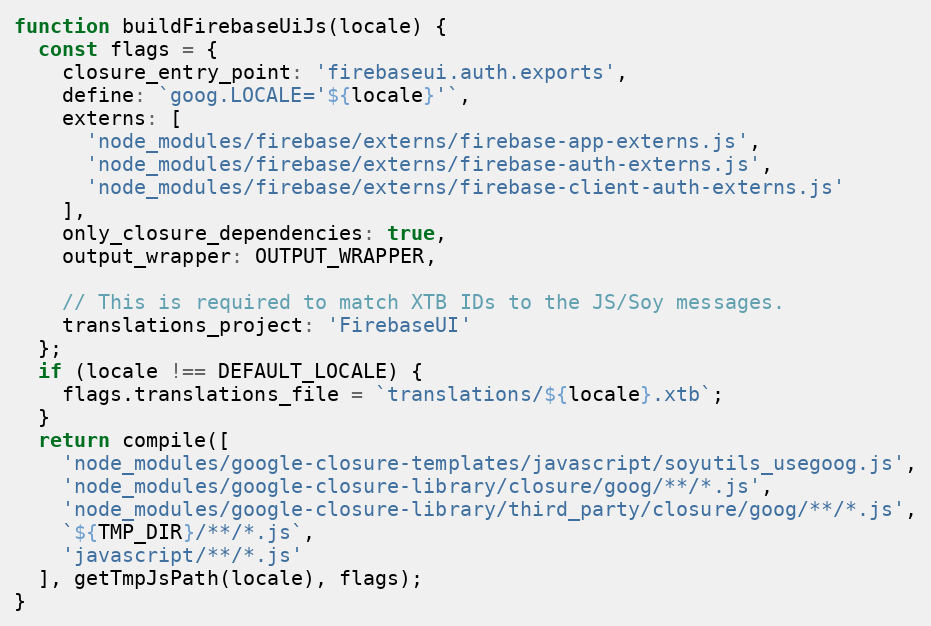
Language: JavaScript
function buildFirebaseUiJs(locale) {
  const flags = {
    closure_entry_point: 'firebaseui.auth.exports',
    define: `goog.LOCALE='${locale}'`,
    externs: [
      'node_modules/firebase/externs/firebase-app-externs.js',
      'node_modules/firebase/externs/firebase-auth-externs.js',
      'node_modules/firebase/externs/firebase-client-auth-externs.js'
    ],
    only_closure_dependencies: true,
    output_wrapper: OUTPUT_WRAPPER,

    // This is required to match XTB IDs to the JS/Soy messages.
    translations_project: 'FirebaseUI'
  };
  if (locale !== DEFAULT_LOCALE) {
    flags.translations_file = `translations/${locale}.xtb`;
  }
  return compile([
    'node_modules/google-closure-templates/javascript/soyutils_usegoog.js',
    'node_modules/google-closure-library/closure/goog/**/*.js',
    'node_modules/google-closure-library/third_party/closure/goog/**/*.js',
    `${TMP_DIR}/**/*.js`,
    'javascript/**/*.js'
  ], getTmpJsPath(locale), flags);
}